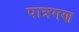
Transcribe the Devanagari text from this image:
पात्रगण